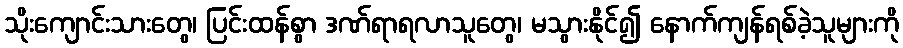
သိုးကျောင်းသားတွေ၊ ပြင်းထန်စွာ ဒဏ်ရာရလာသူတွေ၊ မသွားနိုင်၍ နောက်ကျန်ရစ်ခဲ့သူများကို